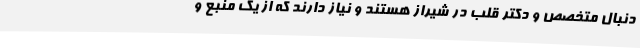
دنبال متخصص و دکتر قلب در شیراز هستند و نیاز دارند که از یک منبع و